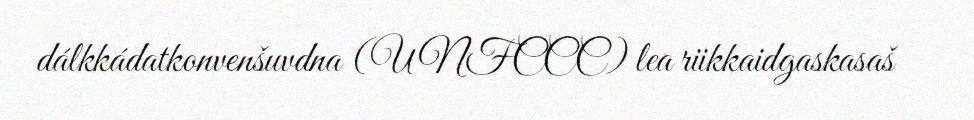
dálkkádatkonvenšuvdna (UNFCCC) lea riikkaidgaskasaš